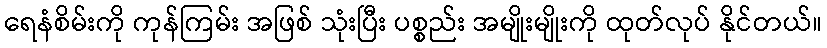
ရေနံစိမ်းကို ကုန်ကြမ်း အဖြစ် သုံးပြီး ပစ္စည်း အမျိုးမျိုးကို ထုတ်လုပ် နိုင်တယ်။